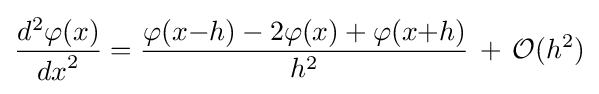
{\frac {d^{2}\varphi (x)}{{dx}^{2}}}={\frac {\varphi (x{-}h)-2\varphi (x)+\varphi (x{+}h)}{h^{2}}}\,+\,{\mathcal {O}}(h^{2})